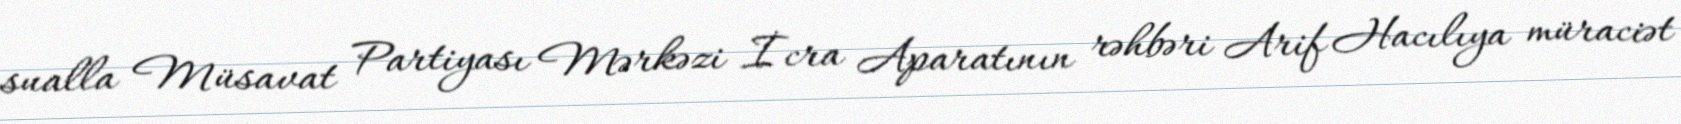
sualla Müsavat Partiyası Mərkəzi İcra Aparatının rəhbəri Arif Hacılıya müraciət